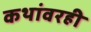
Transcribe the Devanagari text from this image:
कथांवरही